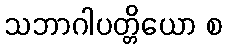
သဘာဂါပတ္တိယော စ